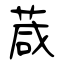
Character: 葴